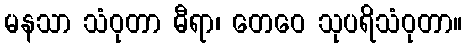
မနသာ သံဝုတာ ဓီရာ၊ တေဝေ သုပရိသံဝုတာ။